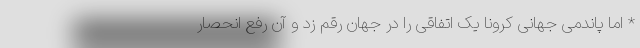
* اما پاندمی جهانی کرونا یک اتفاقی را در جهان رقم زد و آن رفع انحصار